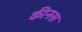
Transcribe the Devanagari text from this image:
कीनस